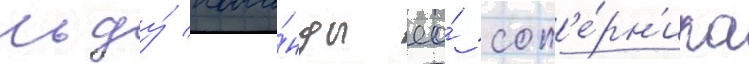
льду́ кома́нды ео́ соп'е́рн'ика